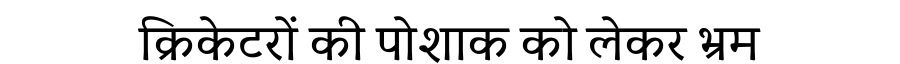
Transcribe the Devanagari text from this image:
क्रिकेटरों की पोशाक को लेकर भ्रम